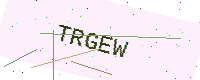
Text: TRGEW